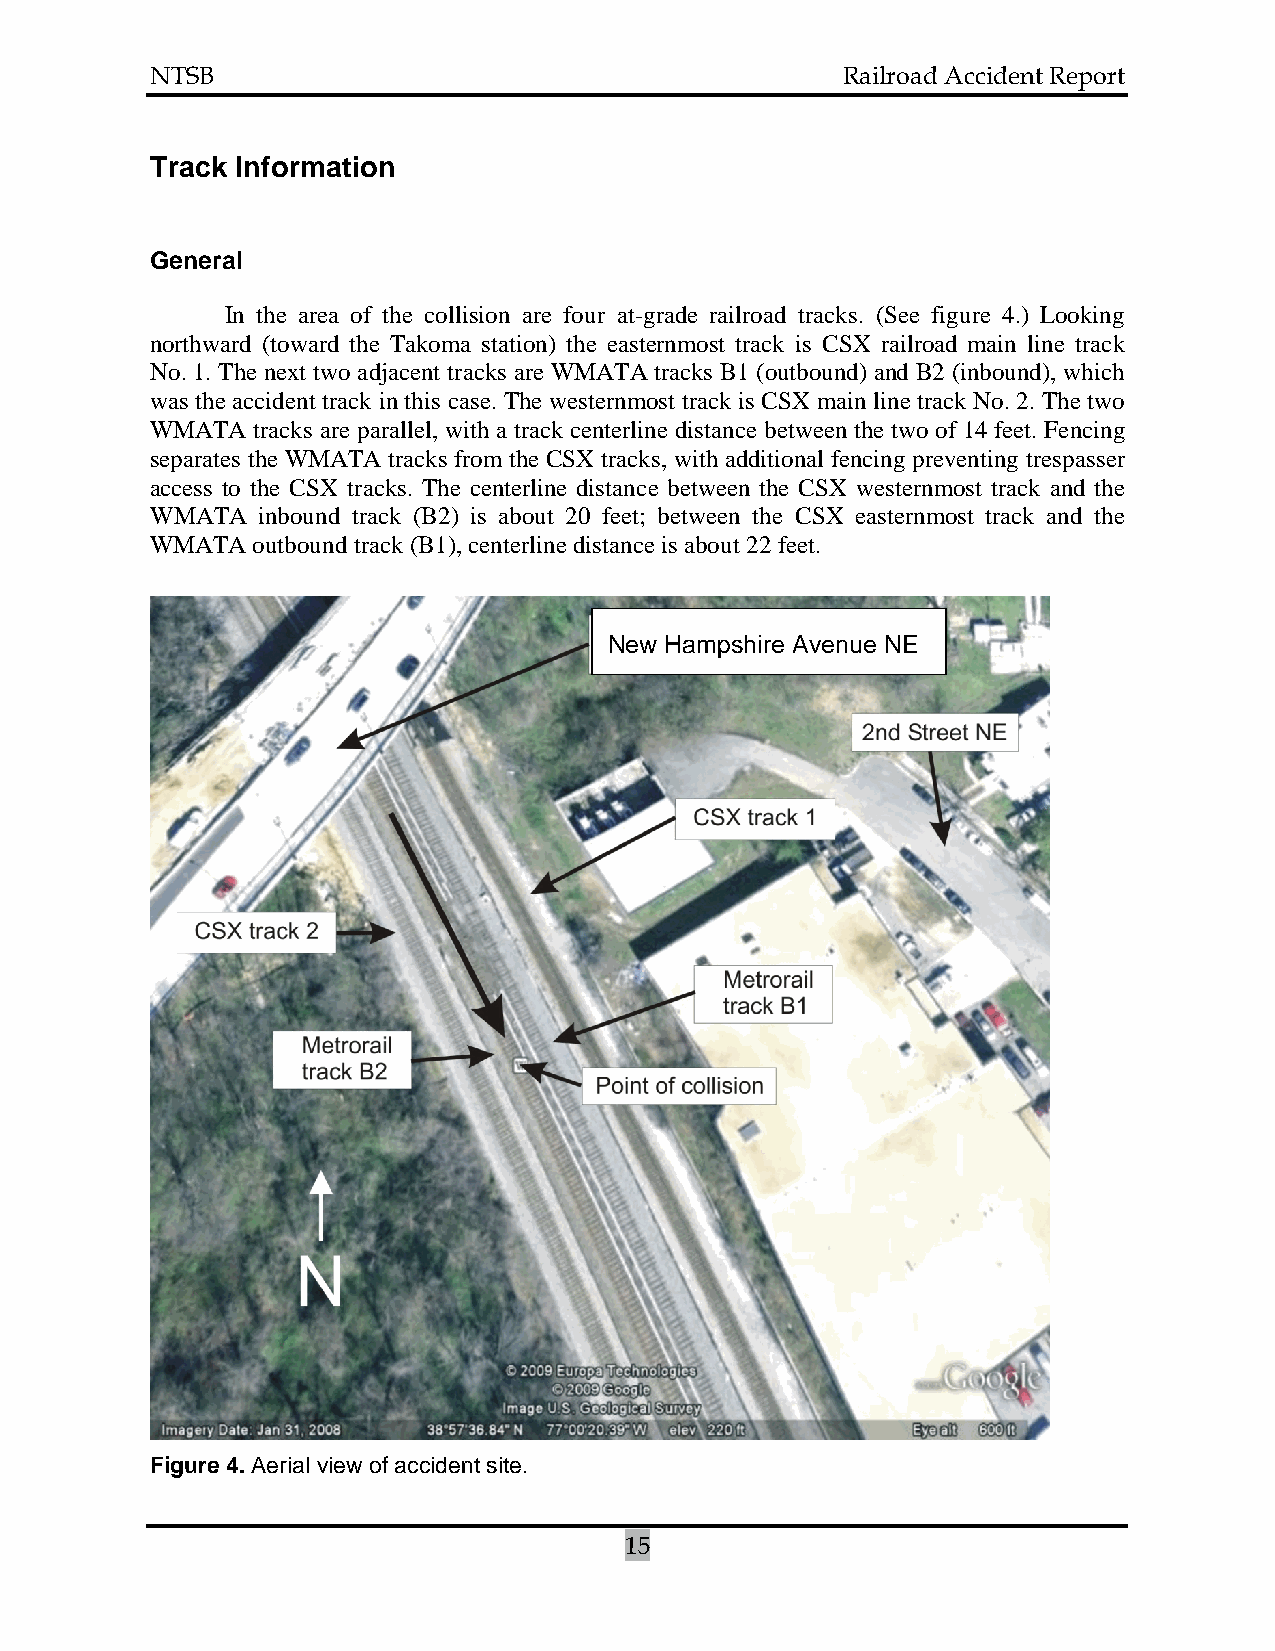
NTSB                                          Railroad Accident Report
 Track Information
 General
 In the area of the collision are four at-grade railroad tracks. (See figure 4.) Looking
 northward (toward the Takoma station) the easternmost track is CSX railroad main line track
 No. 1. The next two adjacent tracks are WMATA tracks B1 (outbound) and B2 (inbound), which
 was the accident track in this case. The westernmost track is CSX main line track No. 2. The two
 WMATA  tracks are parallel, with a track centerline distance between the two of 14 feet. Fencing
 separates the WMATA tracks from the CSX tracks, with additional fencing preventing trespasser
 access to the CSX tracks. The centerline distance between the CSX westernmost track and the
 WMATA  inbound track (B2) is about 20 feet; between the CSX easternmost track and the
 WMATA  outbound track (B1), centerline distance is about 22 feet.
 New Hampshire Avenue NE
 Figure 4. Aerial view of accident site.
 15